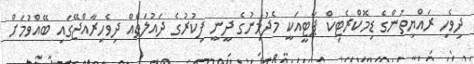
ދިވެހި ރައްޔިތުންގެ ޑިމޮކްރެޓިކް ޕާޓީއަކީ މެދުމިނުގެ ދީނީ ފިކުރުގެ ދައުލަތެއް ދިވެހިރާއްޖޭގައި ބޭއްވުމަށް